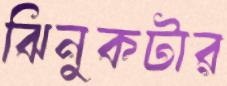
ঝিনুকটার